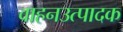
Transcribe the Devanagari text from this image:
वाहनउत्पादक